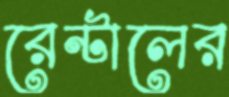
রেন্টালের